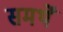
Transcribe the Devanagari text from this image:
समर्थें